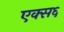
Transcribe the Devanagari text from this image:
एक्स६